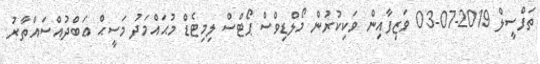
ތަފްސީލް 2019-07-03 ވަޒިފާއިން ވަކިކުރުން މޯލްޑިވްސް ޕޯޓްސް ލިމިޓެޑް މުޙައްމަދު މަސީޙް ޢަބްދުއްސައްތާރު